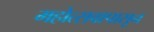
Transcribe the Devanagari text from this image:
महोत्सवापासून